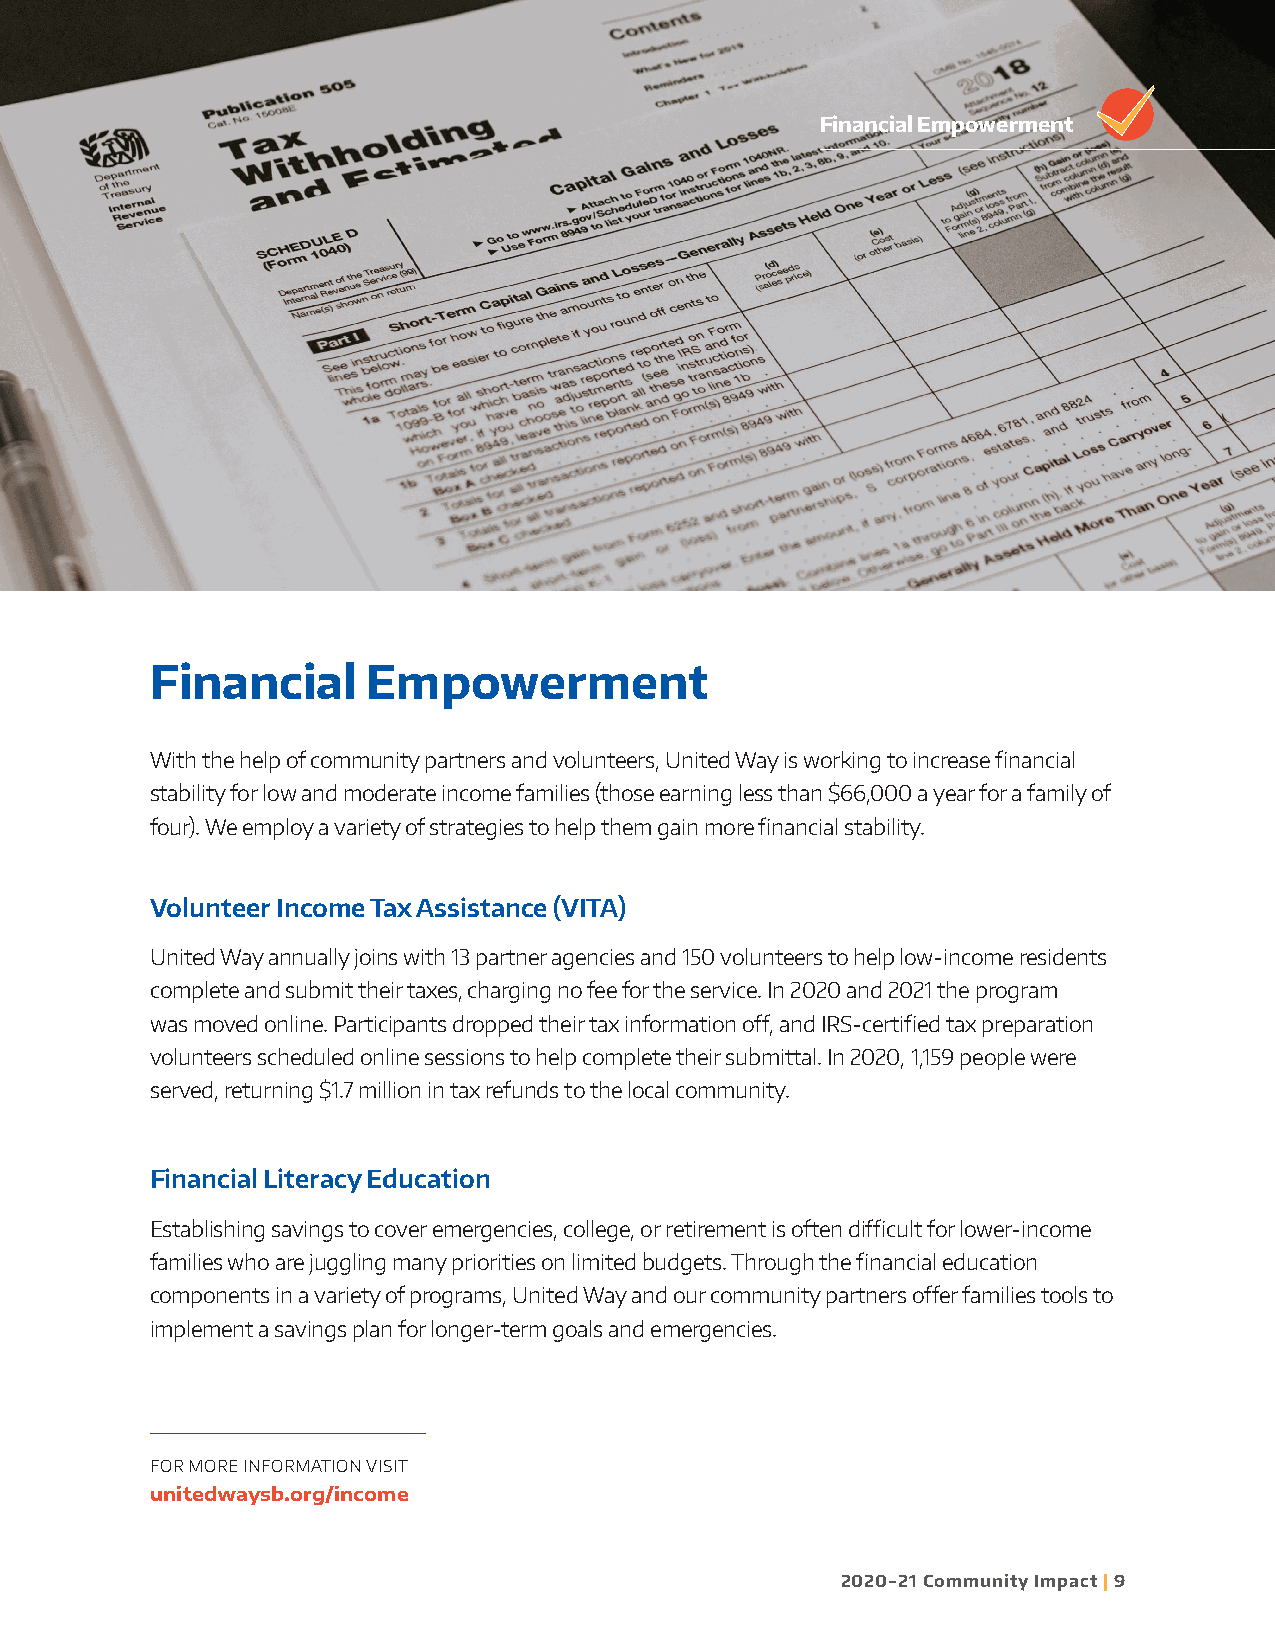
Financial Empowerment
 Financial     Empowerment
 With the help of community partners and volunteers, United Way is working to increase financial
 stability for low and moderate income families (those earning less than $66,000 a year for a family of
 four). We employ a variety of strategies to help them gain more financial stability.
 Volunteer Income Tax Assistance (VITA)
 United Way annually joins with 13 partner agencies and 150 volunteers to help low-income residents
 complete and submit their taxes, charging no fee for the service. In 2020 and 2021 the program
 was moved online. Participants dropped their tax information off, and IRS-certified tax preparation
 volunteers scheduled online sessions to help complete their submittal. In 2020, 1,159 people were
 served, returning $1.7 million in tax refunds to the local community.
 Financial Literacy Education
 Establishing savings to cover emergencies, college, or retirement is often difficult for lower-income
 families who are juggling many priorities on limited budgets. Through the financial education
 components in a variety of programs, United Way and our community partners offer families tools to
 implement a savings plan for longer-term goals and emergencies.
 FOR MORE INFORMATION VISIT
 unitedwaysb.org/income
 2020-21 Community Impact | 9